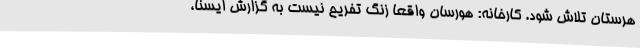
هرستان تلاش شود. کارخانه: هورسان واقعا زنگ تفریح نیست به گزارش ایسنا،